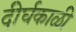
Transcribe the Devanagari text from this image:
दीर्घकाळी